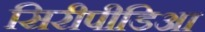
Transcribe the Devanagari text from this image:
सिरीपीडिआ